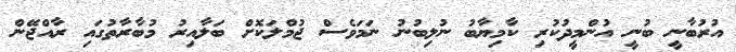
އުރުބާނީ ބުނީ އުންމީދުކުރި ކާމިޔާބު ނުލިބުނު ނަމަވެސް ޖުމްލަކޮށް ބަލާއިރު މުބާރާތުގައި ރާއްޖޭން